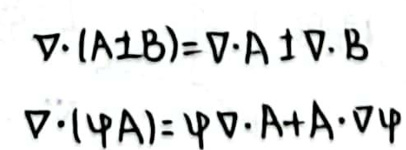
\[
\nabla\cdot(\mathbf{A}\perp\mathbf{B})=\nabla\cdot\mathbf{A}\perp\nabla\cdot\mathbf{B}
\]

\[
\nabla\cdot(\varphi\mathbf{A})=\varphi\nabla\cdot\mathbf{A}+\mathbf{A}\cdot\nabla\varphi
\]